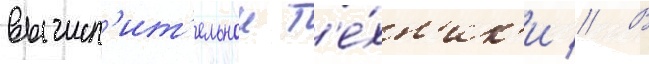
вычисл'ит'ельнои т'е́хн'ик'и // В